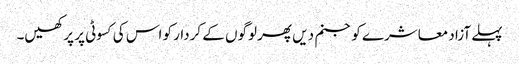
پہلے آزاد معاشرے کو جنم دیں پھر لوگوں کے کردار کو اس کی کسوٹی پر پرکھیں۔